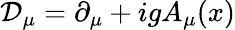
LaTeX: {\mathcal{D}}_{\mu}=\partial_{\mu}+igA_{\mu}(x)